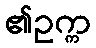
၏ဥက္က